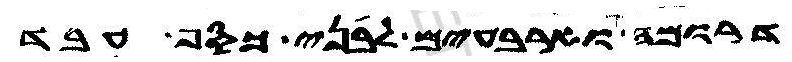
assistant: דרומה וארבעים לבני כסף עבד